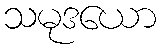
သမုဒယော